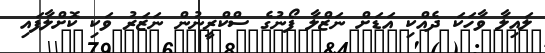
ލައިލާ ވާހަކަ ދެއްކި އަޑަށް ނަޒްލާ ފޯނުގެ ސްކްރީނުން ނަޒަރު ވަކި ކޮށްލާފައި